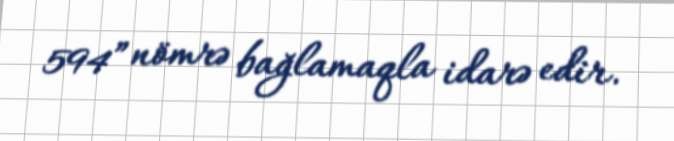
594” nömrə bağlamaqla idarə edir.